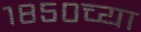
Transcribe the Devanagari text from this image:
१८५०च्या